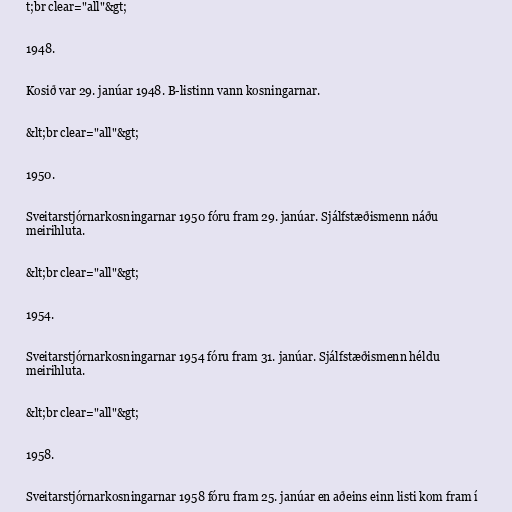
t;br clear="all"&gt;

1948.

Kosið var 29. janúar 1948. B-listinn vann kosningarnar.

&lt;br clear="all"&gt;

1950.

Sveitarstjórnarkosningarnar 1950 fóru fram 29. janúar. Sjálfstæðismenn náðu
meirihluta.

&lt;br clear="all"&gt;

1954.

Sveitarstjórnarkosningarnar 1954 fóru fram 31. janúar. Sjálfstæðismenn héldu
meirihluta.

&lt;br clear="all"&gt;

1958.

Sveitarstjórnarkosningarnar 1958 fóru fram 25. janúar en aðeins einn listi kom fram í